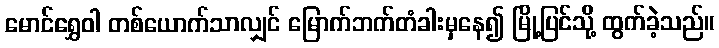
မောင်ရွှေဝါ တစ်ယောက်သာလျှင် မြောက်ဘက်တံခါးမှနေ၍ မြို့ပြင်သို့ ထွက်ခဲ့သည်။